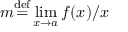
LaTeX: m { \stackrel { \mathrm { d e f } } { = } } \operatorname* { l i m } _ { x \rightarrow a } f ( x ) / x